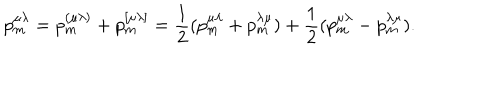
p _ { m } ^ { \mu \lambda } = p _ { m } ^ { ( \mu \lambda ) } + p _ { m } ^ { [ \mu \lambda ] } = \frac 1 2 ( p _ { m } ^ { \mu \lambda } + p _ { m } ^ { \lambda \mu } ) + \frac 1 2 ( p _ { m } ^ { \mu \lambda } - p _ { m } ^ { \lambda \mu } ) .